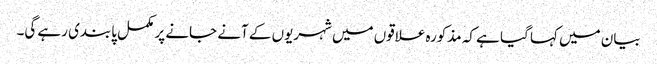
بیان میں کہا گیا ہے کہ مذکورہ علاقوں میں شہریوں کے آنے جانے پر مکمل پابندی رہے گی۔